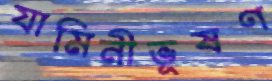
যামিনীভূষণ